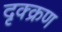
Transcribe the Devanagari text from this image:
दृक्क्रण